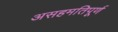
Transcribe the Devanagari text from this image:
असहमतिपूर्ण